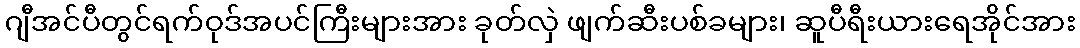
ဂျီအင်ပီတွင်ရက်ဝုဒ်အပင်ကြီးများအား ခုတ်လှဲ ဖျက်ဆီးပစ်ခများ၊ ဆူပီရီးယားရေအိုင်အား